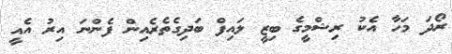
ރޯދަ މަހާ އެކު ރިޝްމީގެ ބިޒީ ލައިފް ބަދިގެތެރެއިން ފެންނަ އިރު އެއީ